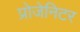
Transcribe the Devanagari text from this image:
प्रोजेनिटर